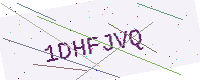
Text: 1DHFJVQ